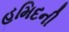
હમિદની